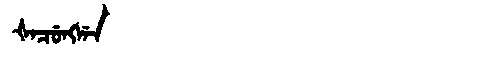
Manchu: ᡧᠠᠴᡠᠩᡤᠠ
Romanization: ŠACUNGGA